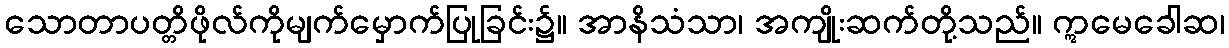
သောတာပတ္တိဖိုလ်ကိုမျက်မှောက်ပြုခြင်း၌။ အာနိသံသာ၊ အကျိုးဆက်တို့သည်။ ဣမေခေါဆ၊